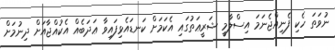
ނުވަތަ ހެކި ފެނިއްޖެނަމަ އިސްލާމީ ޝަރީޢަތުގައި އެކަމަށް ކަނޑައެޅިފައިވާ ޢަދަބެއް އެކުއްޖާއަށް ދިނުމަށް